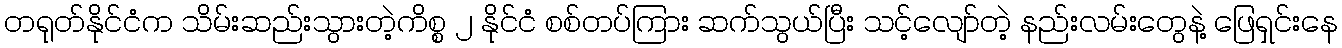
တရုတ်နိုင်ငံက သိမ်းဆည်းသွားတဲ့ကိစ္စ ၂ နိုင်ငံ စစ်တပ်ကြား ဆက်သွယ်ပြီး သင့်လျော်တဲ့ နည်းလမ်းတွေနဲ့ ဖြေရှင်းနေ